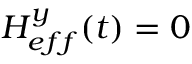
H _ { e f f } ^ { y } ( t ) = 0